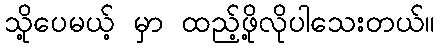
သို့ပေမယ့် မှာ ထည့်ဖို့လိုပါသေးတယ်။